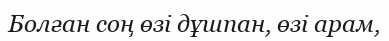
Болған соң өзі дұшпан, өзі арам,